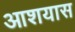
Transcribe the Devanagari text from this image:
आशयास